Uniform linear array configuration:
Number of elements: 48
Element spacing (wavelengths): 0.75
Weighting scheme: hamming
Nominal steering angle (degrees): -45
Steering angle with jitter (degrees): -44.294
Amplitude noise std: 0.05
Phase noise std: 0.05

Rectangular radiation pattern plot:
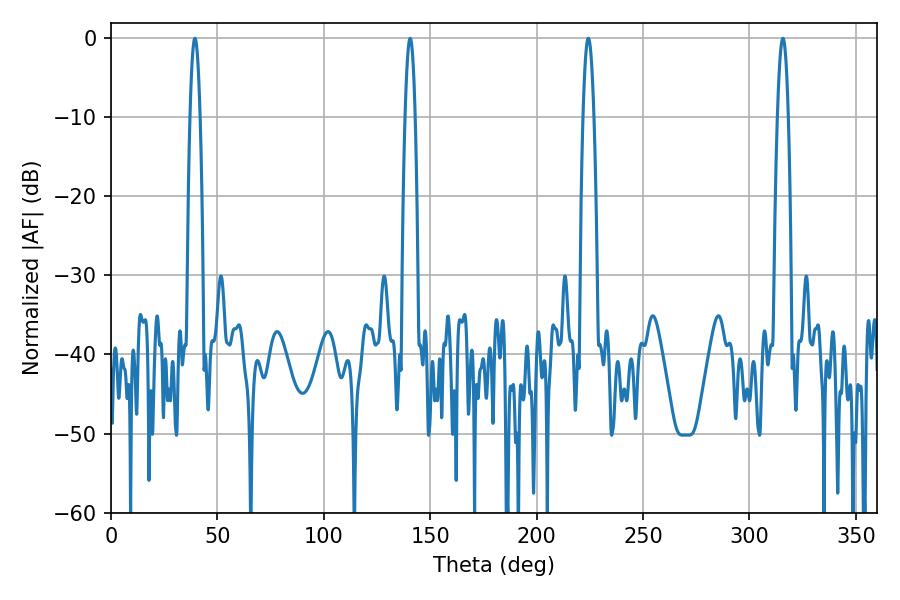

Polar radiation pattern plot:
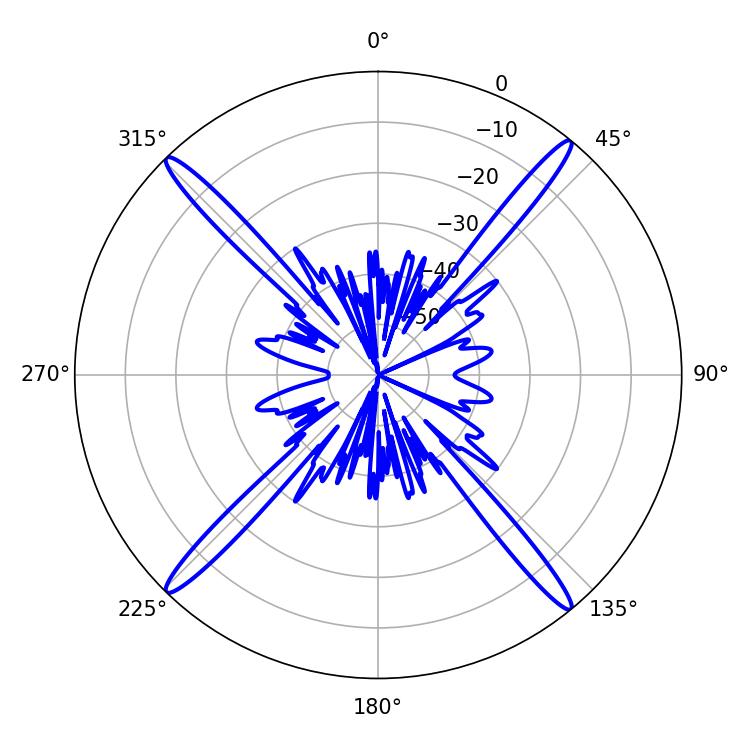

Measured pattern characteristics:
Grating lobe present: TRUE
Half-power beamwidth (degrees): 2.88
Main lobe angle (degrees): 224.28